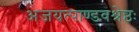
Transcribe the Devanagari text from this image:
अजयत्पाण्डवश्रेष्ठः